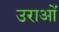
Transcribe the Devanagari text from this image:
उराओं